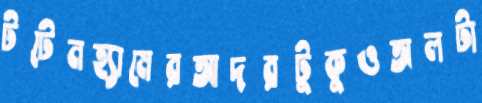
টটেনহ্যামেরআদরটুকুওঅলটা